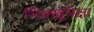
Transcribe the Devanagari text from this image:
भिक्खूंपेक्षा